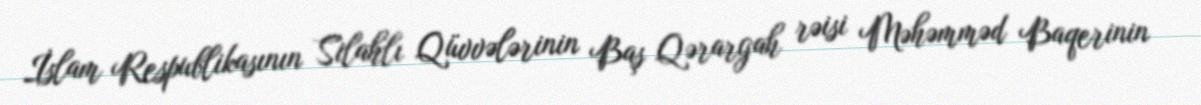
İslam Respublikasının Silahlı Qüvvələrinin Baş Qərargah rəisi Məhəmməd Baqerinin